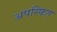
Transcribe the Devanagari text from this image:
अपस्फित